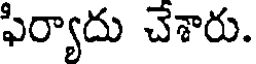
ఫిర్యాదు చేశారు.